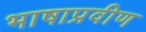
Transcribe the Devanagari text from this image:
भाषाप्रवीण